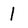
Character: l